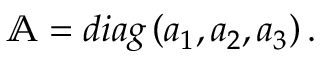
\begin{array} { r } { \mathbb { A } = d i a g \left( a _ { 1 } , a _ { 2 } , a _ { 3 } \right) . } \end{array}